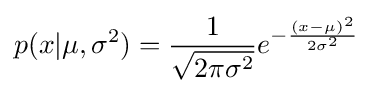
p(x|\mu ,\sigma ^{2})={\frac {1}{\sqrt {2\pi \sigma ^{2}}}}e^{-{\frac {(x-\mu )^{2}}{2\sigma ^{2}}}}